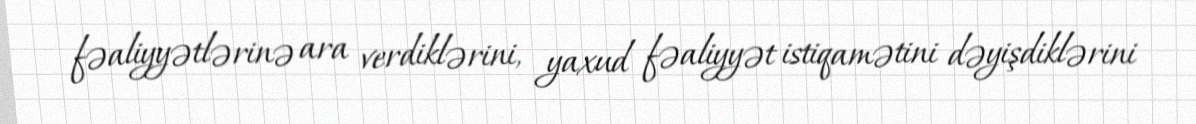
fəaliyyətlərinə ara verdiklərini, yaxud fəaliyyət istiqamətini dəyişdiklərini